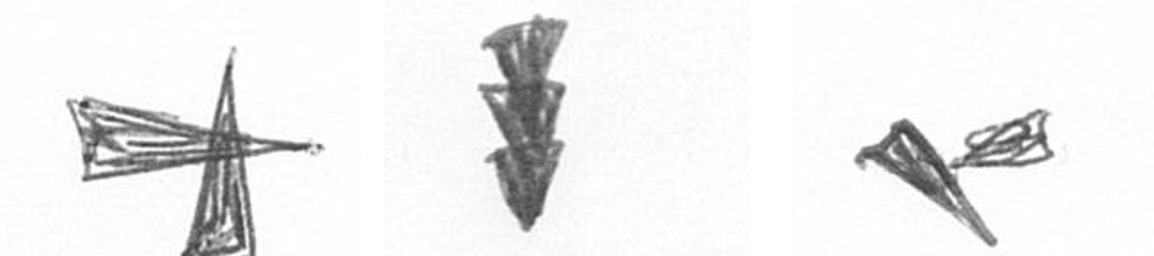
G E F